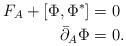
LaTeX: \begin{align*}F_A + [\Phi,\Phi^*] & = 0 \\\bar{\partial}_A \Phi & = 0. \end{align*}